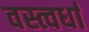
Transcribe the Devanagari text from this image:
वस्त्वर्धा